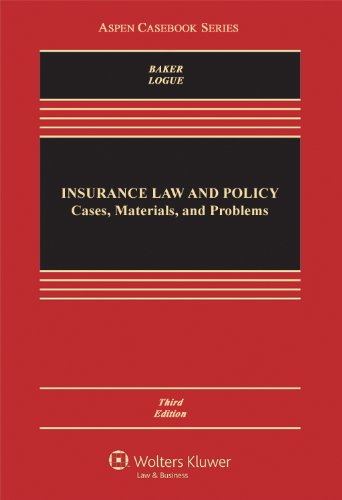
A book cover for Insurance Law & Policy: Cases Materials & Problems, Third Edition (Aspen Casebook); Tom Baker; Law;